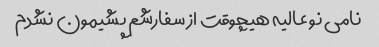
نامی نو عالیه هیچوقت از سفارشم پشیمون نشدم